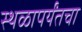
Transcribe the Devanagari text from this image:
स्थळापर्यंतचा